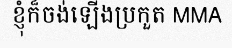
ខ្ញុំក៏ចង់ឡើងប្រកួត MMA